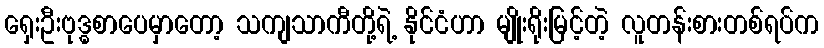
ရှေးဦးဗုဒ္ဓစာပေမှာတော့ သကျသာကီတို့ရဲ့ နိုင်ငံဟာ မျိုးရိုးမြင့်တဲ့ လူတန်းစားတစ်ရပ်က